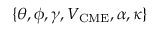
\{ \theta , \phi , \gamma , V _ { \mathrm { C M E } } , \alpha , \kappa \}